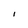
Character: I